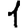
Digit: 1